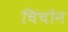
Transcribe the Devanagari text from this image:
चिंचोन